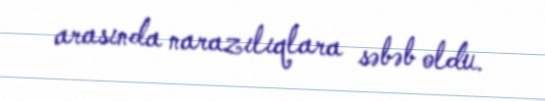
arasında narazılıqlara səbəb oldu.